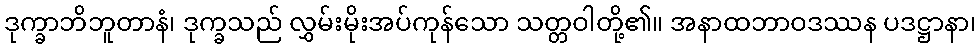
ဒုက္ခာဘိဘူတာနံ၊ ဒုက္ခသည် လွှမ်းမိုးအပ်ကုန်သော သတ္တဝါတို့၏။ အနာထဘာဝဒဿန ပဒဋ္ဌာနာ၊